Vaccination returns of the Province of Eastern Bengal and Assam - 1905-1912
Year: 1905
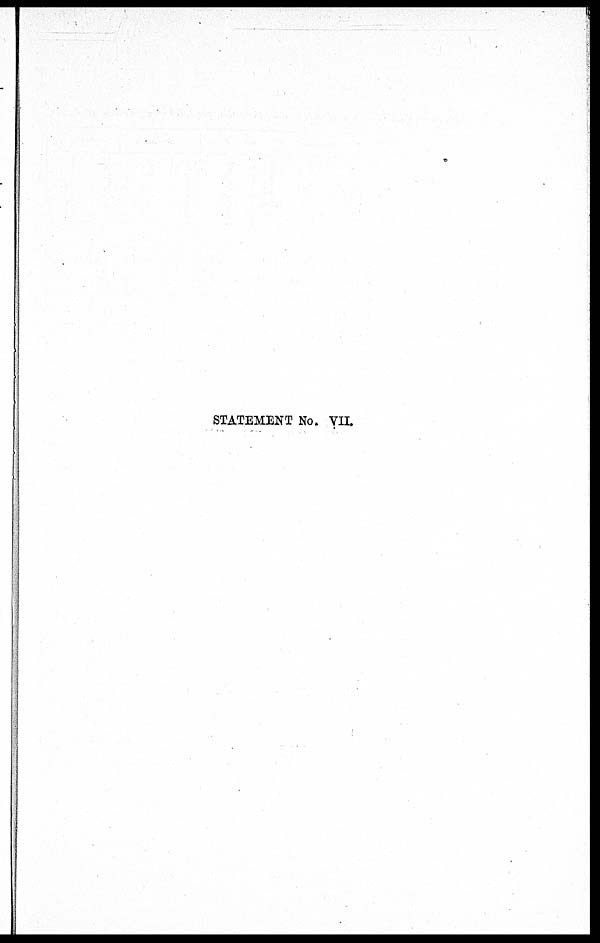
STATEMENT No. VII